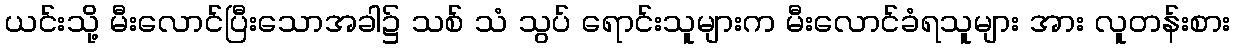
ယင်းသို့ မီးလောင်ပြီးသောအခါ၌ သစ် သံ သွပ် ရောင်းသူများက မီးလောင်ခံရသူများ အား လူတန်းစား